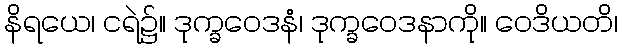
နိရယေ၊ ငရဲ၌။ ဒုက္ခဝေဒနံ၊ ဒုက္ခဝေဒနာကို။ ဝေဒိယတိ၊